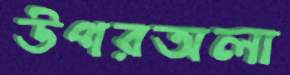
উপরঅলা